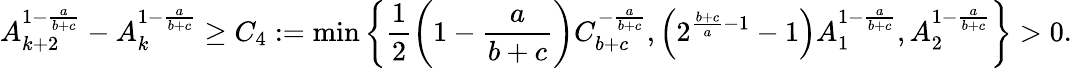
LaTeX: A_{k+2}^{1-\frac{a}{b+c}}-A_{k}^{1-\frac{a}{b+c}}\geq C_{4}:=\operatorname*{min}\left\lbrace\frac{1}{2}\left(1-\frac{a}{b+c}\right)C_{b+c}^{-\frac{a}{b+c}},\left(2^{\frac{b+c}{a}-1}-1\right)A_{1}^{1-\frac{a}{b+c}},A_{2}^{1-\frac{a}{b+c}}\right\rbrace>0.